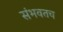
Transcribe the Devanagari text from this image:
संभवतच